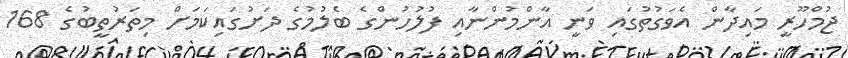
ޖުމްހޫރީ މައިދާން އެވަގުތުގައި ވަނީ އާންމުންނާއި ފުލުހުންގެ ބެލުމުގެ ދަށުގައިކަމަށް މިތަރުތީބުގެ 168